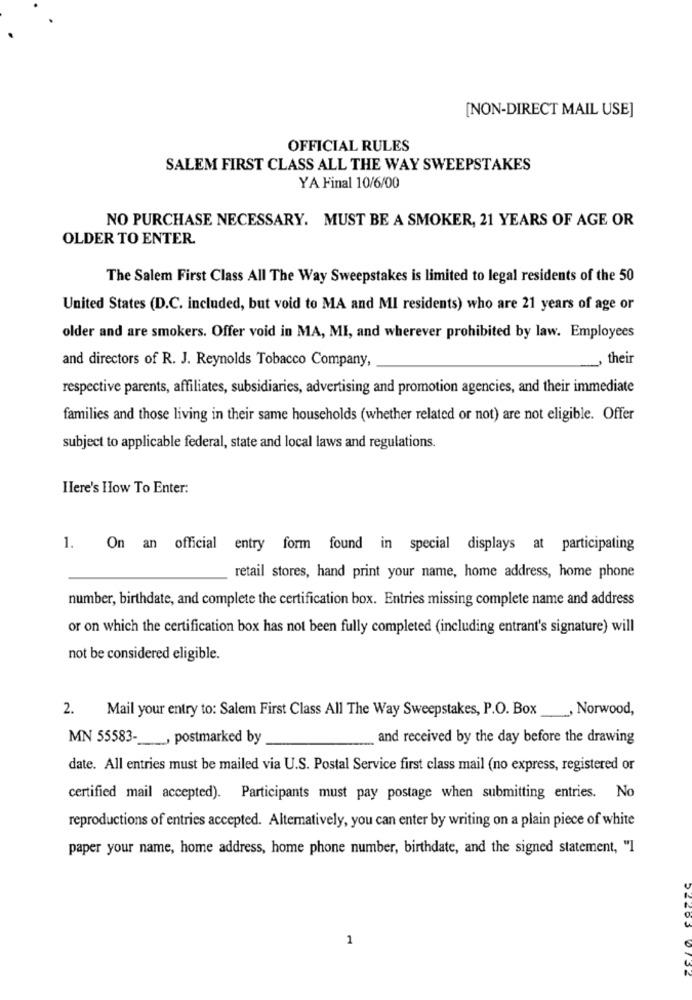
[NON-DIRECT MAIL USE]
OFFICIAL RULES
SALEM FIRST CLASS ALL THE WAY SWEEPSTAKES
YA Final 10/6/00
NO PURCHASE NECESSARY. MUST BE A SMOKER, 21 YEARS OF AGE OR
OLDER TO ENTER.
The Salem First Class All The Way Sweepstakes is limited to legal residents of the 50
United States (D.C. included, but void to MA and MI residents) who are 21 years of age or
older and are smokers. Offer void in MA, MI, and wherever prohibited by law. Employees
and directors of R. J. Reynolds Tobacco Company,
their
respective parents, affiliates, subsidiaries, advertising and promotion agencies, and their immediate
families and those living in their same households (whether related or not) are not eligible. Offer
subject to applicable federal, state and local laws and regulations.
Here's How To Enter:
1.
On an official entry form found in special displays at participating
retail stores, hand print your name, home address, home phone
number, birthdate, and complete the certification box. Entries missing complete name and address
or on which the certification box has not been fully completed (including entrant's signature) will
not be considered eligible.
2.
Mail your entry to: Salem First Class All The Way Sweepstakes, P.O. Box
, Norwood,
MN 55583 -_____, postmarked by
and received by the day before the drawing
date. All entries must be mailed via U.S. Postal Service first class mail (no express, registered or
certified mail accepted). Participants must pay postage when submitting entries. No
reproductions of entries accepted. Alternatively, you can enter by writing on a plain piece of white
paper your name, home address, home phone number, birthdate, and the signed statement, "I
1
0132